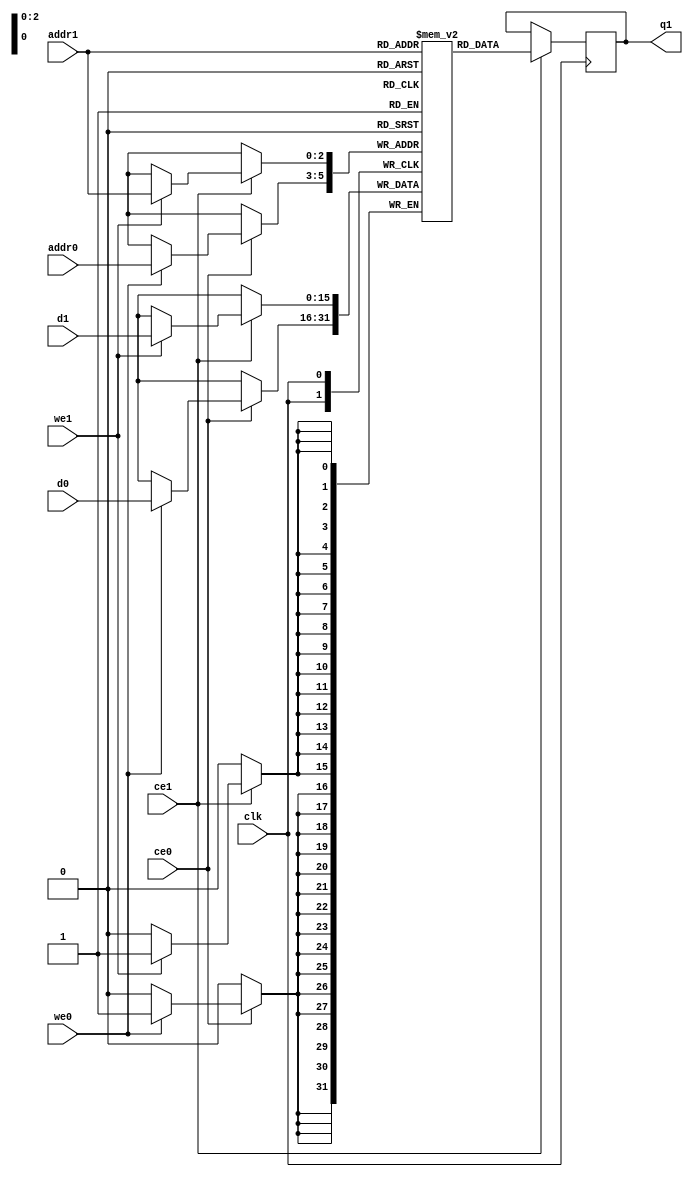
// ==============================================================
// Vivado(TM) HLS - High-Level Synthesis from C, C++ and SystemC v2019.2 (64-bit)
// Copyright 1986-2019 Xilinx, Inc. All Rights Reserved.
// ==============================================================
`timescale 1 ns / 1 ps
module yolo_decode_ss_ap_fixed_ap_fixed_5ul_4ul_4ul_2ul_s_decode_V_ram (addr0, ce0, d0, we0, addr1, ce1, d1, we1, q1,  clk);

parameter DWIDTH = 16;
parameter AWIDTH = 3;
parameter MEM_SIZE = 5;

input[AWIDTH-1:0] addr0;
input ce0;
input[DWIDTH-1:0] d0;
input we0;
input[AWIDTH-1:0] addr1;
input ce1;
input[DWIDTH-1:0] d1;
input we1;
output reg[DWIDTH-1:0] q1;
input clk;

(* ram_style = "block" *)reg [DWIDTH-1:0] ram[0:MEM_SIZE-1];




always @(posedge clk)  
begin 
    if (ce0) begin
        if (we0) 
            ram[addr0] <= d0; 
    end
end


always @(posedge clk)  
begin 
    if (ce1) begin
        if (we1) 
            ram[addr1] <= d1; 
        q1 <= ram[addr1];
    end
end


endmodule

`timescale 1 ns / 1 ps
module yolo_decode_ss_ap_fixed_ap_fixed_5ul_4ul_4ul_2ul_s_decode_V(
    reset,
    clk,
    address0,
    ce0,
    we0,
    d0,
    address1,
    ce1,
    we1,
    d1,
    q1);

parameter DataWidth = 32'd16;
parameter AddressRange = 32'd5;
parameter AddressWidth = 32'd3;
input reset;
input clk;
input[AddressWidth - 1:0] address0;
input ce0;
input we0;
input[DataWidth - 1:0] d0;
input[AddressWidth - 1:0] address1;
input ce1;
input we1;
input[DataWidth - 1:0] d1;
output[DataWidth - 1:0] q1;



yolo_decode_ss_ap_fixed_ap_fixed_5ul_4ul_4ul_2ul_s_decode_V_ram yolo_decode_ss_ap_fixed_ap_fixed_5ul_4ul_4ul_2ul_s_decode_V_ram_U(
    .clk( clk ),
    .addr0( address0 ),
    .ce0( ce0 ),
    .we0( we0 ),
    .d0( d0 ),
    .addr1( address1 ),
    .ce1( ce1 ),
    .we1( we1 ),
    .d1( d1 ),
    .q1( q1 ));

endmodule